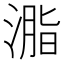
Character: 㴯